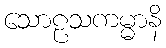
သောဠသကမ္မာနိ